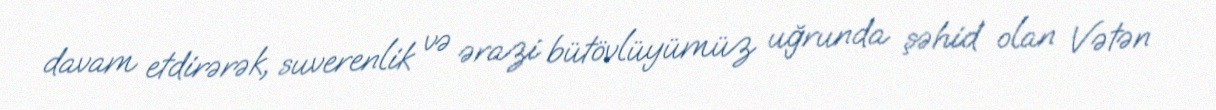
davam etdirərək, suverenlik və ərazi bütövlüyümüz uğrunda şəhid olan Vətən